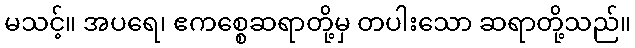
မသင့်။ အပရေ၊ ဧကစ္စေဆရာတို့မှ တပါးသော ဆရာတို့သည်။